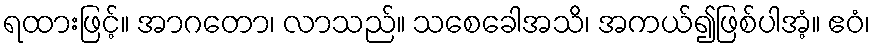
ရထားဖြင့်။ အာဂတော၊ လာသည်။ သစေခေါအသိ၊ အကယ်၍ဖြစ်ပါအံ့။ ဧဝံ၊